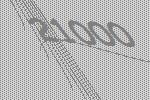
21000